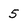
Character: 5